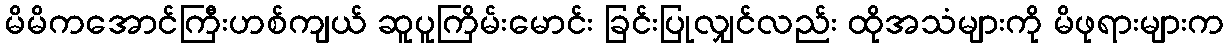
မိမိကအောင်ကြီးဟစ်ကျယ် ဆူပူကြိမ်းမောင်း ခြင်းပြုလျှင်လည်း ထိုအသံများကို မိဖုရားများက